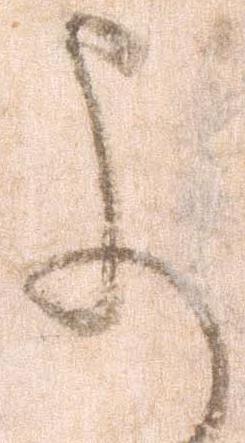
よ